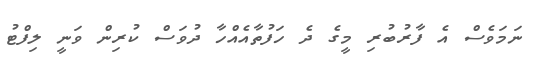
ނަމަވެސް އެ ފާރުބުރި މީގެ ދެ ހަފުތާއެއްހާ ދުވަސް ކުރިން ވަނީ ލިފްޓު